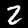
Digit: 2